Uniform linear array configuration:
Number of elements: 24
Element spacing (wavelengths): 0.75
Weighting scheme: exponential
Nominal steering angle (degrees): -45
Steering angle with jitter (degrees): -45.261
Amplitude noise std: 0.05
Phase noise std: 0.05

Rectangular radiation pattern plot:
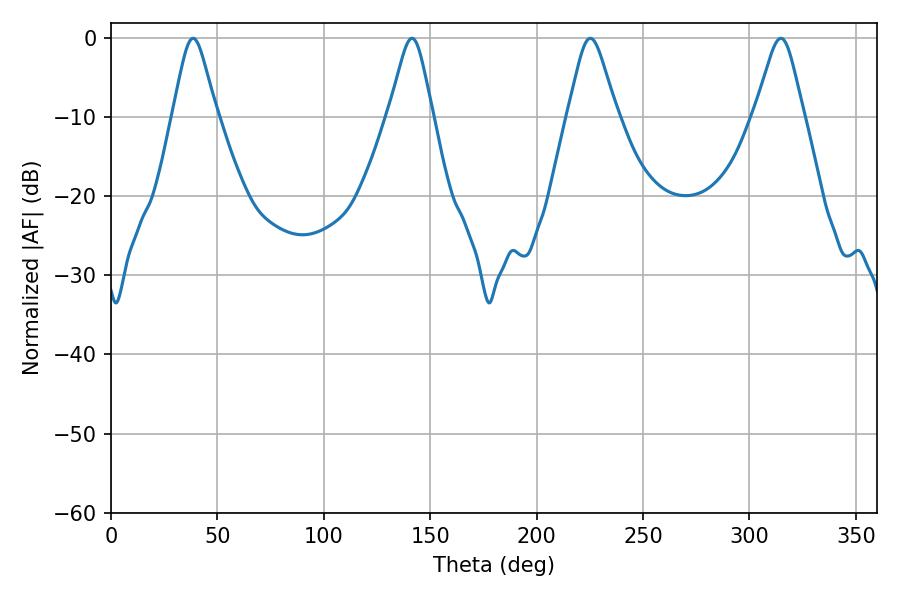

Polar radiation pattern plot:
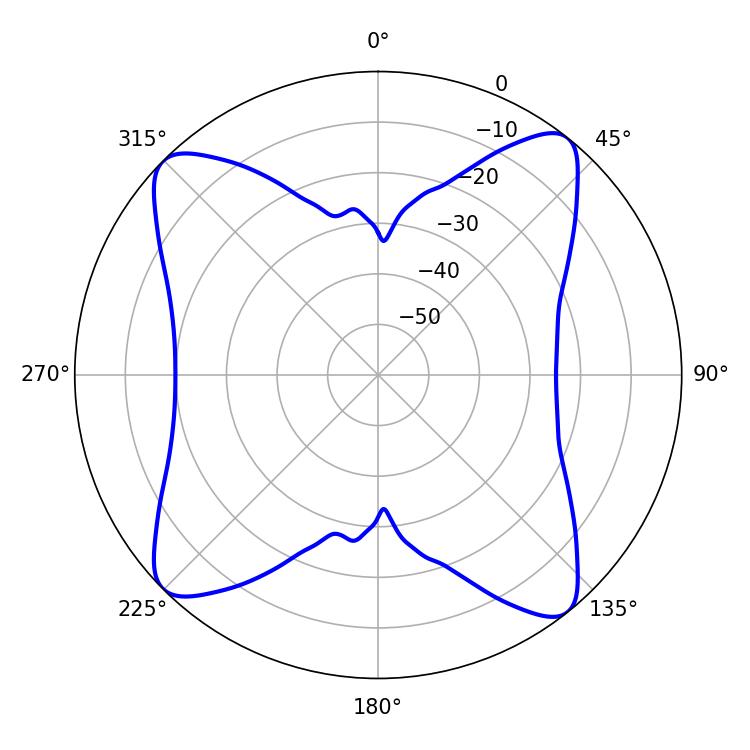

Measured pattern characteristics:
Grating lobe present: TRUE
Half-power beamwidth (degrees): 10.98
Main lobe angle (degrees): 225.18